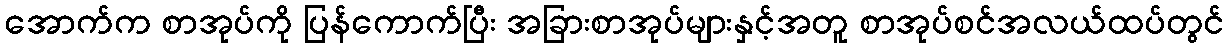
အောက်က စာအုပ်ကို ပြန်ကောက်ပြီး အခြားစာအုပ်များနှင့်အတူ စာအုပ်စင်အလယ်ထပ်တွင်